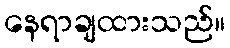
နေရာချထားသည်။